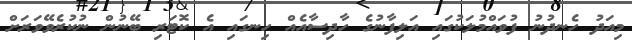
މިއަދު ހެނދުނު ފުވައްމުލަކުގައި އަލިފާނުގެ ހާދިސާއެއް ހިނގައި އެ ކޮޓަރި ބޭނުން ނުކުރެވޭވަރަށް